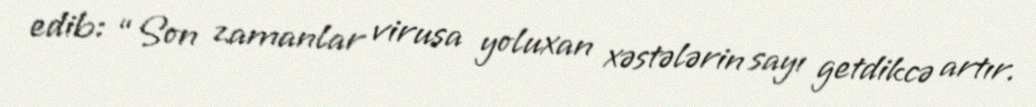
edib: “Son zamanlar virusa yoluxan xəstələrin sayı getdikcə artır.